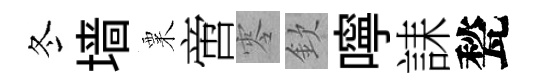
冬墙粟啻零欽嚀誄甃